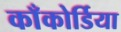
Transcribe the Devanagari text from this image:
काँकोर्डिया